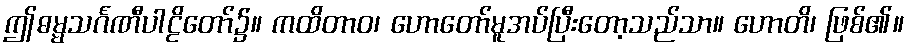
ဤဓမ္မသင်္ဂဏီပါဠိတော်၌။ ကထိတာဝ၊ ဟောတော်မူအပ်ပြီးတော့သည်သာ။ ဟောတိ၊ ဖြစ်၏။